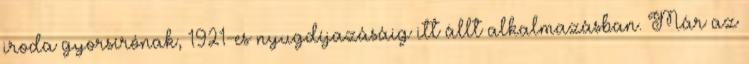
iroda gyorsírónak, 1921-es nyugdíjazásáig itt állt alkalmazásban. Már az